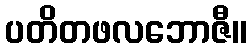
ပတိတဖလဘောဇီ။